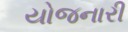
યોજનારી